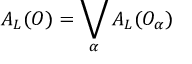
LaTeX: { \cal A } _ { \cal L } ( { \cal O } ) = \bigvee _ { \alpha } { \cal A } _ { \cal L } ( { \cal O } _ { \alpha } )